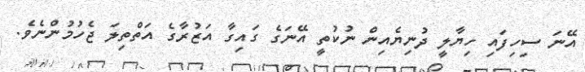
އޭނަ ސިހިފައި ހިޔާލީ ދުނިޔެއިން ނުކުތީ އޭނަގެ ގައިގާ އަޒުރާގެ އަތްތިލަ ޖެހުމުންނެވެ.